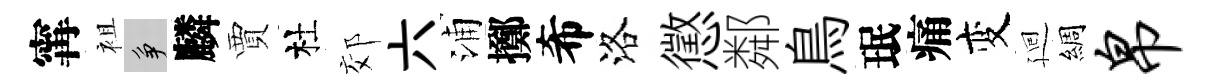
𡩋袓争麟賈杜郊六浦擲希洛懲鄰鳥珉痛变廻綢帛